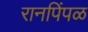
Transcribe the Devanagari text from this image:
रानपिंपळ